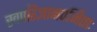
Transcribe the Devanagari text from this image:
स्वपरिज्ञानवर्जिताः